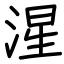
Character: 湦